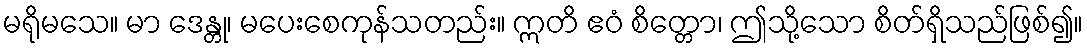
မရိုမသေ။ မာ ဒေန္တု၊ မပေးစေကုန်သတည်း။ ဣတိ ဧဝံ စိတ္တော၊ ဤသို့သော စိတ်ရှိသည်ဖြစ်၍။